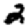
Digit: 2